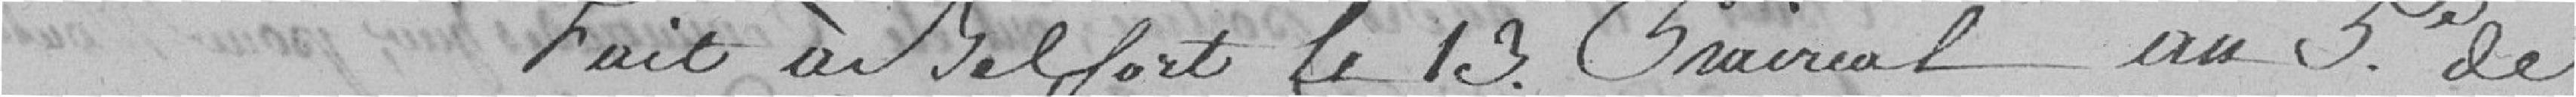
Fait à Belfort le 13 au cinquième de